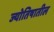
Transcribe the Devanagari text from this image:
ज्योतिषातील